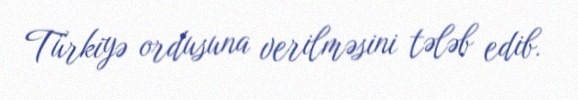
Türkiyə ordusuna verilməsini tələb edib.